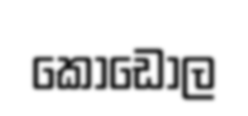
කොඩොල